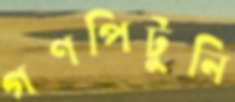
গণপিটুনি